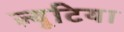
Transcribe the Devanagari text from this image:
ल्यूटिया